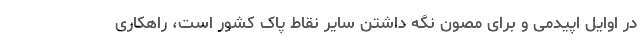
در اوایل اپیدمی و برای مصون نگه داشتن سایر نقاط پاک کشور است، راهکاری